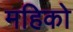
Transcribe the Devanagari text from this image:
महिको